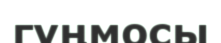
гүңмосы